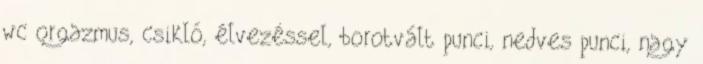
wc orgazmus, csikló, élvezéssel, borotvált punci, nedves punci, nagy